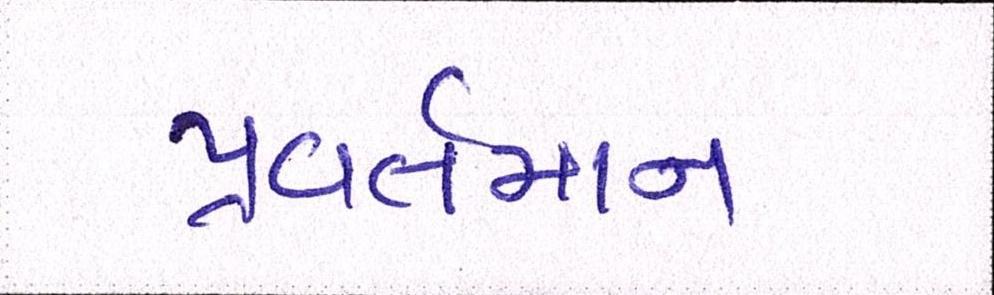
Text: પ્રવર્તમાન